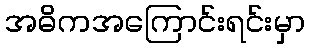
အဓိကအကြောင်းရင်းမှာ